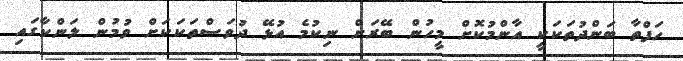
ހަފްތާ ބަންދުތަކަކީ އާންމުކޮށް މީހުން ބޭރަށް ނިކުމެ އުޅޭ ދުވަސްތަކަކަށް ވުމުން ލަންކާގައި